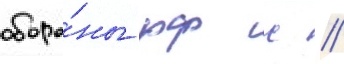
оборо́ны рф с //